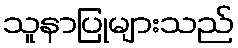
သူနာပြုများသည်